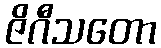
ဇိဂီသတော